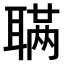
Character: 𫆊